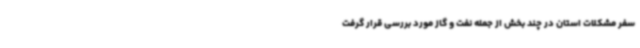
سفر مشکلات استان در چند بخش از جمله نفت و گاز مورد بررسی قرار گرفت